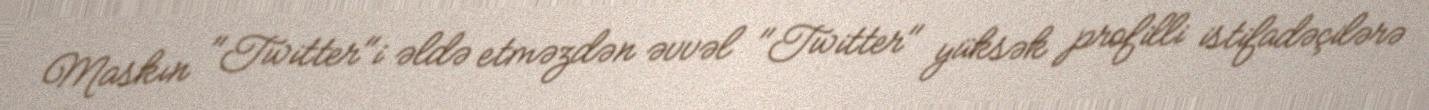
Maskın "Twitter"i əldə etməzdən əvvəl "Twitter" yüksək profilli istifadəçilərə